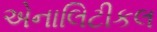
એનાલિટીકલ